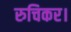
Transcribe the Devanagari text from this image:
रुचिकर।